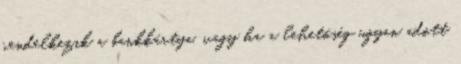
rendelkezik a bankkártya, vagy ha a lehetőség ugyan adott